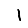
Digit: 1